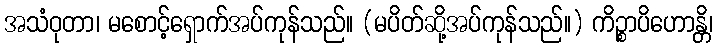
အသံဝုတာ၊ မစောင့်ရှောက်အပ်ကုန်သည်။ (မပိတ်ဆို့အပ်ကုန်သည်။) ကိဉ္စာပိဟောန္တိ၊